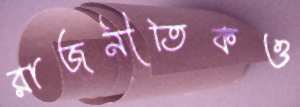
রাজনীতিকও